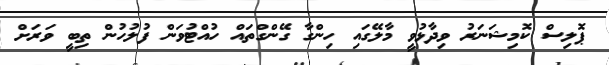
ޕޮލިސް ކޮމިޝަނަރު ވިދާޅުވީ މާލޭގައި ހިންގާ ގޭންގްތައް ހުއްޓުވަން ފުލުހުން ތިބީ ވަރަށް